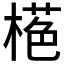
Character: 𱤁